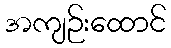
အကျဉ်းထောင်